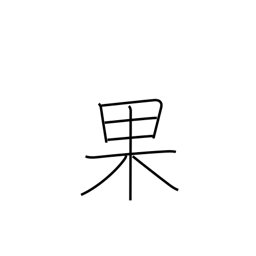
Meaning: succeed